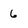
Character: 6